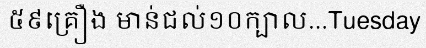
៥៩គ្រឿង មាន់ជល់១០ក្បាល...Tuesday